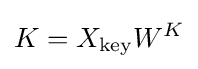
K=X_{\text{key}}W^{K}